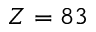
Z = 8 3